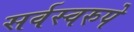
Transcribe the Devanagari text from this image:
सर्वस्वरुपे